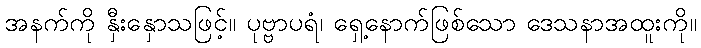
အနက်ကို နှီးနှောသဖြင့်။ ပုဗ္ဗာပရံ၊ ရှေ့နောက်ဖြစ်သော ဒေသနာအထူးကို။